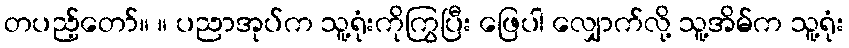
တပည့်တော်။ ။ ပညာအုပ်က သူ့ရုံးကိုကြွပြီး ဖြေပါ လျှောက်လို့ သူ့အိမ်က သူ့ရုံး